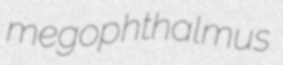
megophthalmus